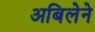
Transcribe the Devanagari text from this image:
अबिलेने